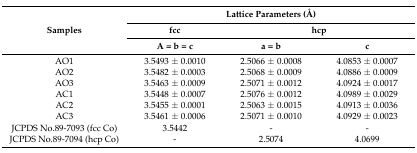
<table><thead><tr><td rowspan="3"><b>Samples</b></td><td colspan="3"><b>Lattice Parameters (Å)</b></td></tr><tr><td><b>fcc</b></td><td colspan="2"><b>hcp</b></td></tr><tr><td><b>A = b = c</b></td><td><b>a = b</b></td><td><b>c</b></td></tr></thead><tbody><tr><td>AO1</td><td>3.5493 ± 0.0010</td><td>2.5066 ± 0.0008</td><td>4.0853 ± 0.0007</td></tr><tr><td>AO2</td><td>3.5482 ± 0.0003</td><td>2.5068 ± 0.0009</td><td>4.0886 ± 0.0009</td></tr><tr><td>AO3</td><td>3.5463 ± 0.0009</td><td>2.5071 ± 0.0012</td><td>4.0924 ± 0.0017</td></tr><tr><td>AC1</td><td>3.5448 ± 0.0007</td><td>2.5076 ± 0.0012</td><td>4.0989 ± 0.0029</td></tr><tr><td>AC2</td><td>3.5455 ± 0.0001</td><td>2.5063 ± 0.0015</td><td>4.0913 ± 0.0036</td></tr><tr><td>AC3</td><td>3.5461 ± 0.0006</td><td>2.5071 ± 0.0010</td><td>4.0929 ± 0.0023</td></tr><tr><td>JCPDS No.89-7093 (fcc Co)</td><td>3.5442</td><td>-</td><td>-</td></tr><tr><td>JCPDS No.89-7094 (hcp Co)</td><td>-</td><td>2.5074</td><td>4.0699</td></tr></tbody></table>